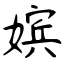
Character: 嫔